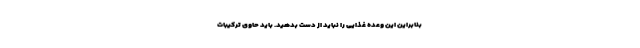
بنابراین این وعده غذایی را نباید از دست بدهید. باید حاوی ترکیبات